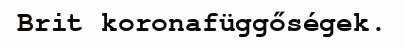
Brit koronafüggőségek.